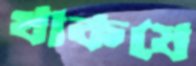
থাকযে